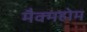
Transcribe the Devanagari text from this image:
मैक्महोम